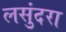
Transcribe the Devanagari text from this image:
लसुंदरा